Punjab Mental Hospital Lahore 1922-31 - 1922-1931
Year: 1922
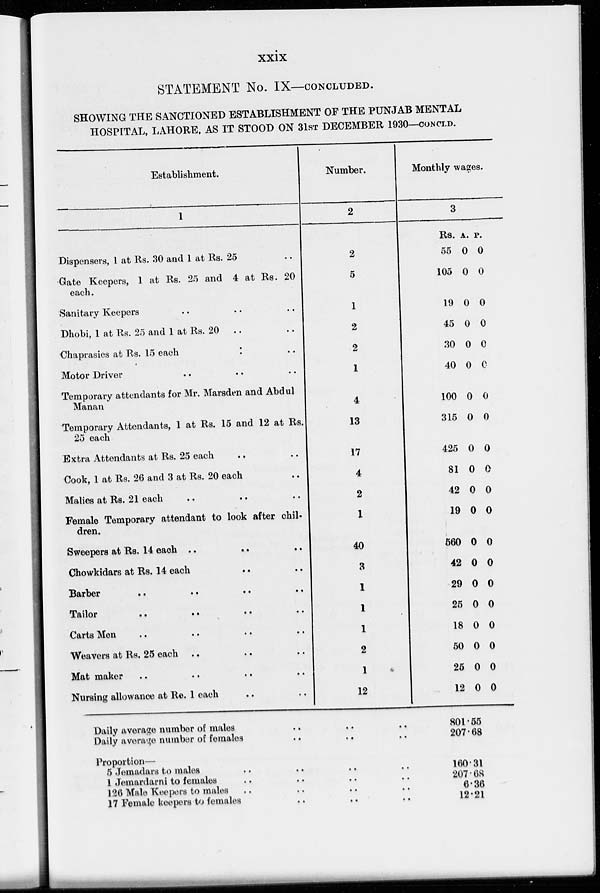
xxix
STATEMENT No. IX—CONCLUDED.
SHOWING THE SANCTIONED ESTABLISHMENT OF THE PUNJAB MENTAL
HOSPITAL, LAHORE, AS IT STOOD ON 31ST DECEMBER 1930—CONCLD.
Establishment.
1
Dispensers, 1 at Rs. 30 and 1 at Rs. 25 ..
Gate Keepers, 1 at Rs. 25 and 4 at Rs. 20
each.
Sanitary Keepers .. .. ..
Dhobi, 1 at Rs. 25 and 1 at Rs. 20 .. ..
Chaprasies at Rs. 15 each
..
..
Motor Driver .. .. ..
Temporary attendants for Mr. Marsden and Abdul
Manan
Temporary Attendants, 1 at Rs. 15 and 12 at Rs.
25 each
Extra Attendants at Rs. 25 each .. ..
Cook, 1 at Rs. 26 and 3 at Rs. 20 each ..
Malies at Rs. 21 each
..
.. ..
Female Temporary attendant to look after chil-
dren.
Sweepers at Rs. 14 each .. .. ..
Chowkidars at Rs. 14 each .. ..
Barber
..
..
..
..
Tailor .. .. .. ..
Carts Men .. .. .. ..
Weavers at Rs. 25 each .. .. ..
Mat maker .. .. .. ..
Nursing allowance at Re. 1 each .. ..
Number.
2
2
5
1
2
2
1
4
13
17
4
2
1
40
3
1
1
1
2
1
12
Monthly wages.
3
Rs.
55
105
19
45
30
40
100
315
425
81
42
19
560
42
29
25
18
50
25
12
A.
0
0
0
0
0
0
0
0
0
0
0
0
0
0
0
0
0
0
0
0
P.
0
0
0
0
0
0
0
0
0
0
0
0
0
0
0
0
0
0
0
0
Daily average number of males .. .. ..
Daily average number of females .. .. ..
Proportion—
5 Jemadars to males .. .. .. ..
1 Jemardarni to females .. .. .. ..
126 Male Keepers to males .. .. .. ..
17 Female keepers to females .. .. ..
801.55
207.68
160.31
207.68
6.36
12.21